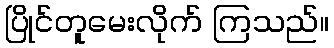
ပြိုင်တူမေးလိုက် ကြသည်။